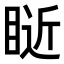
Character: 𥇐